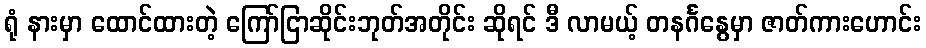
ရုံ နားမှာ ထောင်ထားတဲ့ ကြော်ငြာဆိုင်းဘုတ်အတိုင်း ဆိုရင် ဒီ လာမယ့် တနင်္ဂနွေမှာ ဇာတ်ကားဟောင်း